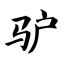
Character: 驴